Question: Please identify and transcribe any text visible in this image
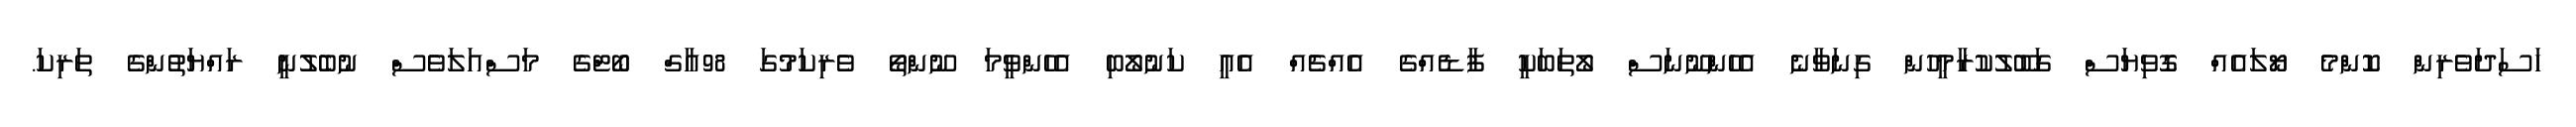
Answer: ހަސަދަވެރިން ކޮންމެ ޔޯލައެއް ގޮވިޔަސް ގަބޫލުކުރާމީހުން ގިނަވާނެ އެހެންނޫނަސް ލޯތަބަކީ ފާޑެއްގެ އެއްޗެއް އެއީ ކަނުލޯބި އެހެންވީމަ ނޫންތޯ ވެރިކަމުގަ 98އާގް ބޯޓްގެ މަސްއަލަވެސް ނުބެލުނީ ރައްޔަތުންގެ ތަރިކަ.